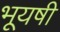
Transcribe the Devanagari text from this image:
भूयषी